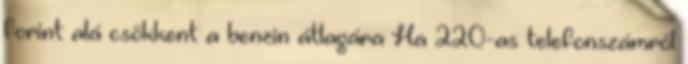
forint alá csökkent a benzin átlagára Ha 220-as telefonszámról